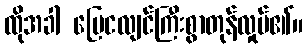
ထိုအခါ မြေငလျင်ကြီးစွာတုန်လှုပ်၏။